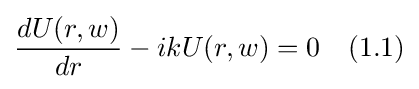
{\frac {dU(r,w)}{dr}}-ikU(r,w)=0\quad (1.1)